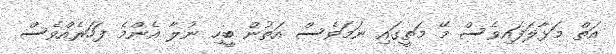
އަތް މަޅާލަފައިވެސް މޭ މަތީގައި ނަމަވެސް އަތުން ބީހި ނުލާ އެންމެ ފަހަރެއްވެސް